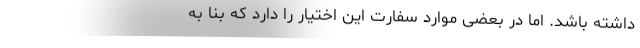
داشته باشد. اما در بعضی موارد سفارت این اختیار را دارد که بنا به